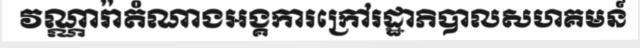
វណ្ណារ៉ាតំណាងអង្គការក្រៅរដ្ឋាភិបាលសហគមន៍